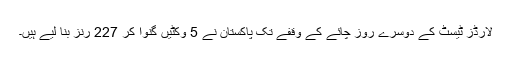
لارڈز ٹیسٹ کے دوسرے روز چائے کے وقفے تک پاکستان نے 5 وکٹیں گنوا کر 227 رنز بنا لیے ہیں۔